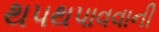
થપથપાવવાની